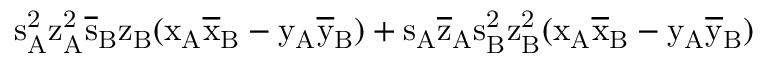
\mathrm { s _ { A } ^ { 2 } \mathrm { z _ { A } ^ { 2 } \mathrm { \overline { { s } } _ { B } \mathrm { z _ { B } ( \mathrm { x _ { A } \mathrm { \overline { { x } } _ { B } - \mathrm { y _ { A } \mathrm { \overline { { y } } _ { B } ) + \mathrm { s _ { A } \mathrm { \overline { { z } } _ { A } \mathrm { s _ { B } ^ { 2 } \mathrm { z _ { B } ^ { 2 } ( \mathrm { x _ { A } \mathrm { \overline { { x } } _ { B } - \mathrm { y _ { A } \mathrm { \overline { { y } } _ { B } ) } } } } } } } } } } } } } } } }